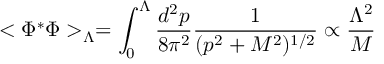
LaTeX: < \Phi ^ { * } \Phi > _ { \Lambda } = \int _ { 0 } ^ { \Lambda } { \frac { d ^ { 2 } p } { 8 \pi ^ { 2 } } } { \frac { 1 } { ( p ^ { 2 } + M ^ { 2 } ) ^ { 1 / 2 } } } \propto { \frac { \Lambda ^ { 2 } } { M } }